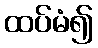
ထပ်မံ၍